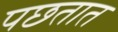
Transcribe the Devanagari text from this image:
पछतात